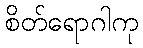
စိတ်ရောဂါကု